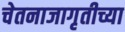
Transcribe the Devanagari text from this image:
चेतनाजागृतीच्या